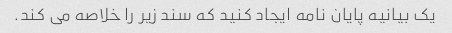
یک بیانیه پایان نامه ایجاد کنید که سند زیر را خلاصه می کند.